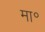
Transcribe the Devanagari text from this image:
मा॰